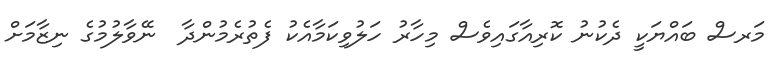
މަރސް ބައްޔަކީ ދެކުނު ކޮރިއާގައިވެސް މިހާރު ހަލުވިކަމާއެކު ފެތުރެމުންދާ  ނޭވާލުމުގެ ނިޒާމަށް